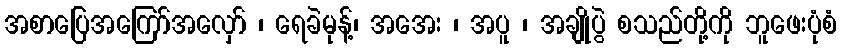
အစာပြေအကြော်အလှော် ၊ ရေခဲမုန့်၊ အအေး ၊ အပူ ၊ အချိုပွဲ စသည်တို့ကို ဘူဖေးပုံစံ